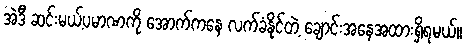
အဲဒီ ဆင်းမယ့်ပမာဏကို အောက်ကနေ လက်ခံနိုင်တဲ့ ချောင်းအနေအထားရှိရမယ်။